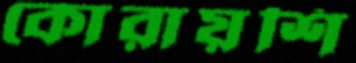
কোরায়শি